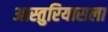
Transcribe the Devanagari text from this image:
आस्तुरियासला